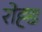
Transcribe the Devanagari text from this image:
रोह्ड